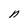
Character: n